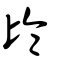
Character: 臨